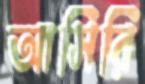
আসিরি